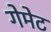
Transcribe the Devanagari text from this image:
गेमेट